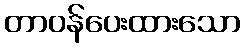
တာဝန်ပေးထားသော